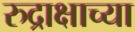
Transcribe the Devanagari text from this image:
रुद्राक्षाच्या